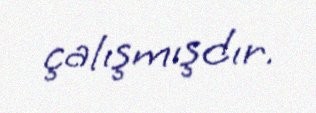
çalışmışdır.